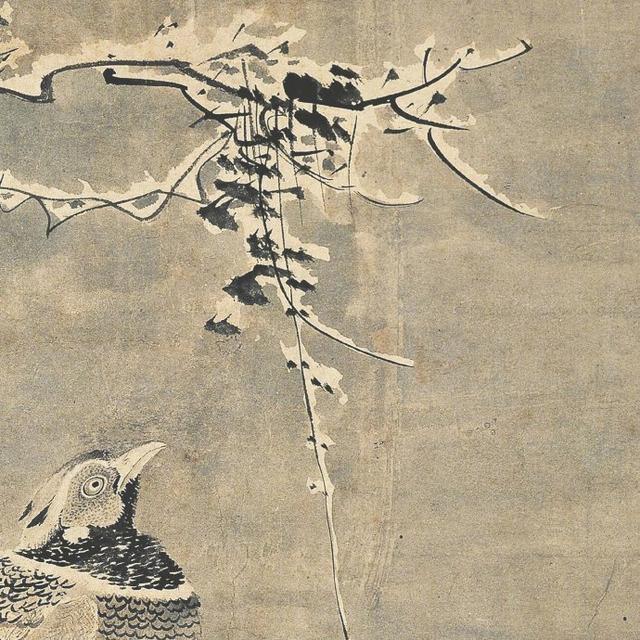
毛羽未成，不可以高蜚